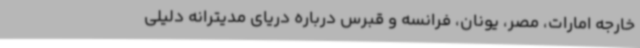
خارجه امارات، مصر، یونان، فرانسه و قبرس درباره دریای مدیترانه دلیلی